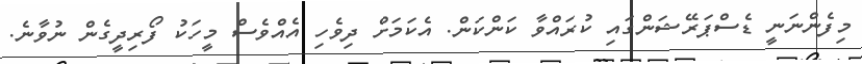
މިފެންނަނީ ޑެސްޕަރޭޝަންގައި ކުރައްވާ ކަންކަން. އެކަމަށް ދިވެހި އެއްވެސް މީހަކު ފޯރިދީގެން ނުވާނެ.